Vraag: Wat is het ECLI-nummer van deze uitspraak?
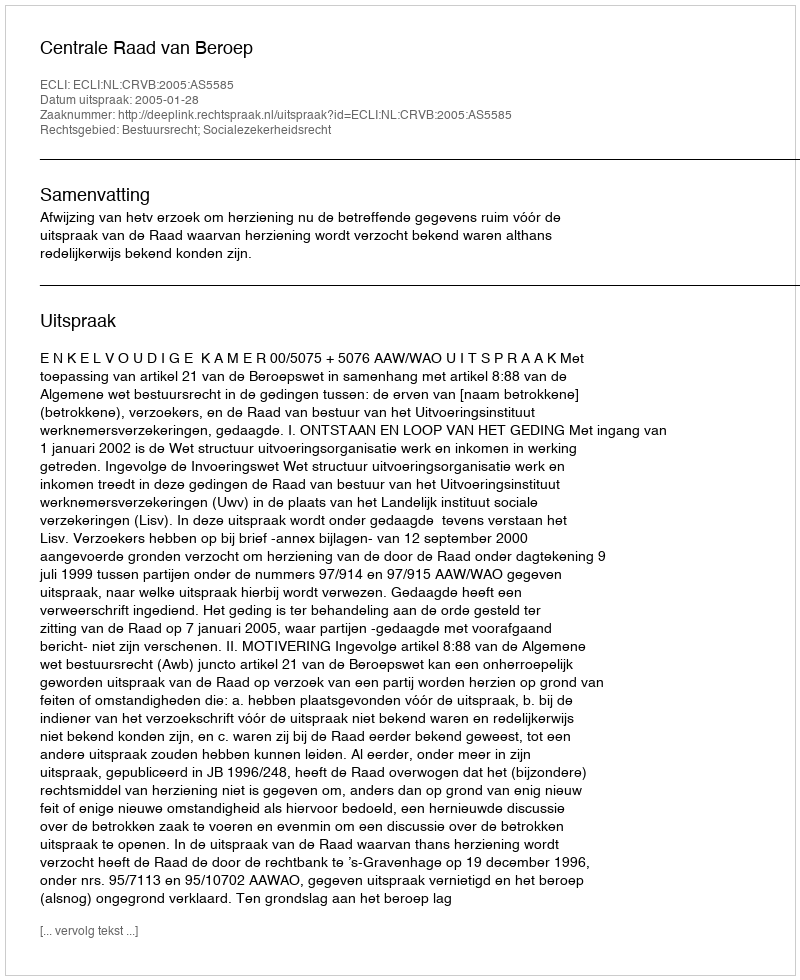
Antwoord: ECLI:NL:CRVB:2005:AS5585